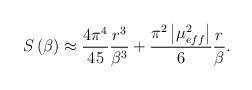
LaTeX: \begin{align*}S\left(\beta \right)\approx \frac{4\pi ^{4}}{45}\frac{r^{3}}{\beta ^{3}}+\frac{\pi ^{2}\left|\mu _{eff}^{2}\right|}{6}\frac{r}{\beta }.\end{align*}